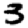
Digit: 3